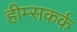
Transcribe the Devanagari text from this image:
हीम्सकर्क